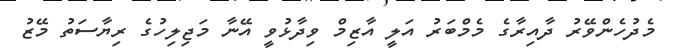
މެދުހެންވޭރު ދާއިރާގެ މެމްބަރު އަލީ އާޒިމް ވިދާޅުވީ އޭނާ މަޖިލިހުގެ ރިޔާސަތު މޭޒު